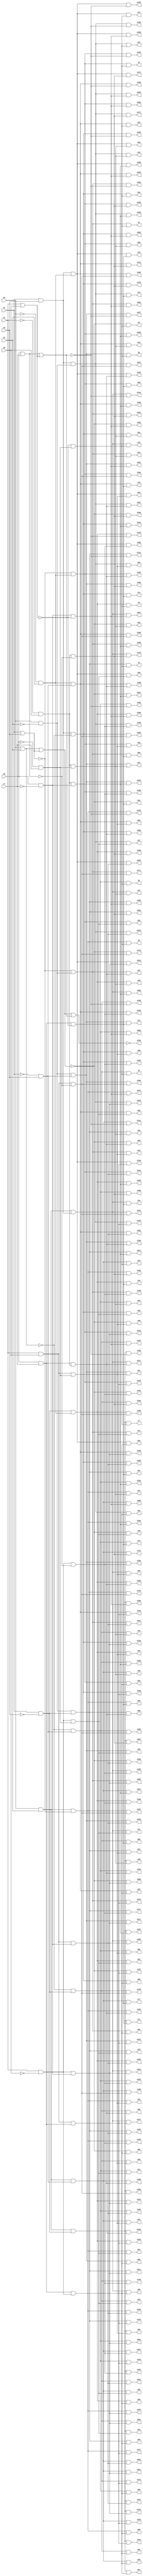
module top( x0 , x1 , x2 , x3 , x4 , x5 , x6 , x7 , y0 , y1 , y2 , y3 , y4 , y5 , y6 , y7 , y8 , y9 , y10 , y11 , y12 , y13 , y14 , y15 , y16 , y17 , y18 , y19 , y20 , y21 , y22 , y23 , y24 , y25 , y26 , y27 , y28 , y29 , y30 , y31 , y32 , y33 , y34 , y35 , y36 , y37 , y38 , y39 , y40 , y41 , y42 , y43 , y44 , y45 , y46 , y47 , y48 , y49 , y50 , y51 , y52 , y53 , y54 , y55 , y56 , y57 , y58 , y59 , y60 , y61 , y62 , y63 , y64 , y65 , y66 , y67 , y68 , y69 , y70 , y71 , y72 , y73 , y74 , y75 , y76 , y77 , y78 , y79 , y80 , y81 , y82 , y83 , y84 , y85 , y86 , y87 , y88 , y89 , y90 , y91 , y92 , y93 , y94 , y95 , y96 , y97 , y98 , y99 , y100 , y101 , y102 , y103 , y104 , y105 , y106 , y107 , y108 , y109 , y110 , y111 , y112 , y113 , y114 , y115 , y116 , y117 , y118 , y119 , y120 , y121 , y122 , y123 , y124 , y125 , y126 , y127 , y128 , y129 , y130 , y131 , y132 , y133 , y134 , y135 , y136 , y137 , y138 , y139 , y140 , y141 , y142 , y143 , y144 , y145 , y146 , y147 , y148 , y149 , y150 , y151 , y152 , y153 , y154 , y155 , y156 , y157 , y158 , y159 , y160 , y161 , y162 , y163 , y164 , y165 , y166 , y167 , y168 , y169 , y170 , y171 , y172 , y173 , y174 , y175 , y176 , y177 , y178 , y179 , y180 , y181 , y182 , y183 , y184 , y185 , y186 , y187 , y188 , y189 , y190 , y191 , y192 , y193 , y194 , y195 , y196 , y197 , y198 , y199 , y200 , y201 , y202 , y203 , y204 , y205 , y206 , y207 , y208 , y209 , y210 , y211 , y212 , y213 , y214 , y215 , y216 , y217 , y218 , y219 , y220 , y221 , y222 , y223 , y224 , y225 , y226 , y227 , y228 , y229 , y230 , y231 , y232 , y233 , y234 , y235 , y236 , y237 , y238 , y239 , y240 , y241 , y242 , y243 , y244 , y245 , y246 , y247 , y248 , y249 , y250 , y251 , y252 , y253 , y254 , y255 );
  input x0 , x1 , x2 , x3 , x4 , x5 , x6 , x7 ;
  output y0 , y1 , y2 , y3 , y4 , y5 , y6 , y7 , y8 , y9 , y10 , y11 , y12 , y13 , y14 , y15 , y16 , y17 , y18 , y19 , y20 , y21 , y22 , y23 , y24 , y25 , y26 , y27 , y28 , y29 , y30 , y31 , y32 , y33 , y34 , y35 , y36 , y37 , y38 , y39 , y40 , y41 , y42 , y43 , y44 , y45 , y46 , y47 , y48 , y49 , y50 , y51 , y52 , y53 , y54 , y55 , y56 , y57 , y58 , y59 , y60 , y61 , y62 , y63 , y64 , y65 , y66 , y67 , y68 , y69 , y70 , y71 , y72 , y73 , y74 , y75 , y76 , y77 , y78 , y79 , y80 , y81 , y82 , y83 , y84 , y85 , y86 , y87 , y88 , y89 , y90 , y91 , y92 , y93 , y94 , y95 , y96 , y97 , y98 , y99 , y100 , y101 , y102 , y103 , y104 , y105 , y106 , y107 , y108 , y109 , y110 , y111 , y112 , y113 , y114 , y115 , y116 , y117 , y118 , y119 , y120 , y121 , y122 , y123 , y124 , y125 , y126 , y127 , y128 , y129 , y130 , y131 , y132 , y133 , y134 , y135 , y136 , y137 , y138 , y139 , y140 , y141 , y142 , y143 , y144 , y145 , y146 , y147 , y148 , y149 , y150 , y151 , y152 , y153 , y154 , y155 , y156 , y157 , y158 , y159 , y160 , y161 , y162 , y163 , y164 , y165 , y166 , y167 , y168 , y169 , y170 , y171 , y172 , y173 , y174 , y175 , y176 , y177 , y178 , y179 , y180 , y181 , y182 , y183 , y184 , y185 , y186 , y187 , y188 , y189 , y190 , y191 , y192 , y193 , y194 , y195 , y196 , y197 , y198 , y199 , y200 , y201 , y202 , y203 , y204 , y205 , y206 , y207 , y208 , y209 , y210 , y211 , y212 , y213 , y214 , y215 , y216 , y217 , y218 , y219 , y220 , y221 , y222 , y223 , y224 , y225 , y226 , y227 , y228 , y229 , y230 , y231 , y232 , y233 , y234 , y235 , y236 , y237 , y238 , y239 , y240 , y241 , y242 , y243 , y244 , y245 , y246 , y247 , y248 , y249 , y250 , y251 , y252 , y253 , y254 , y255 ;
  wire n9 , n10 , n11 , n12 , n13 , n14 , n15 , n16 , n17 , n18 , n19 , n20 , n21 , n22 , n23 , n24 , n25 , n26 , n27 , n28 , n29 , n30 , n31 , n32 , n33 , n34 , n35 , n36 , n37 , n38 , n39 , n40 , n41 , n42 , n43 , n44 , n45 , n46 , n47 , n48 , n49 , n50 , n51 , n52 , n53 , n54 , n55 , n56 , n57 , n58 , n59 , n60 , n61 , n62 , n63 , n64 , n65 , n66 , n67 , n68 , n69 , n70 , n71 , n72 , n73 , n74 , n75 , n76 , n77 , n78 , n79 , n80 , n81 , n82 , n83 , n84 , n85 , n86 , n87 , n88 , n89 , n90 , n91 , n92 , n93 , n94 , n95 , n96 , n97 , n98 , n99 , n100 , n101 , n102 , n103 , n104 , n105 , n106 , n107 , n108 , n109 , n110 , n111 , n112 , n113 , n114 , n115 , n116 , n117 , n118 , n119 , n120 , n121 , n122 , n123 , n124 , n125 , n126 , n127 , n128 , n129 , n130 , n131 , n132 , n133 , n134 , n135 , n136 , n137 , n138 , n139 , n140 , n141 , n142 , n143 , n144 , n145 , n146 , n147 , n148 , n149 , n150 , n151 , n152 , n153 , n154 , n155 , n156 , n157 , n158 , n159 , n160 , n161 , n162 , n163 , n164 , n165 , n166 , n167 , n168 , n169 , n170 , n171 , n172 , n173 , n174 , n175 , n176 , n177 , n178 , n179 , n180 , n181 , n182 , n183 , n184 , n185 , n186 , n187 , n188 , n189 , n190 , n191 , n192 , n193 , n194 , n195 , n196 , n197 , n198 , n199 , n200 , n201 , n202 , n203 , n204 , n205 , n206 , n207 , n208 , n209 , n210 , n211 , n212 , n213 , n214 , n215 , n216 , n217 , n218 , n219 , n220 , n221 , n222 , n223 , n224 , n225 , n226 , n227 , n228 , n229 , n230 , n231 , n232 , n233 , n234 , n235 , n236 , n237 , n238 , n239 , n240 , n241 , n242 , n243 , n244 , n245 , n246 , n247 , n248 , n249 , n250 , n251 , n252 , n253 , n254 , n255 , n256 , n257 , n258 , n259 , n260 , n261 , n262 , n263 , n264 , n265 , n266 , n267 , n268 , n269 , n270 , n271 , n272 , n273 , n274 , n275 , n276 , n277 , n278 , n279 , n280 , n281 , n282 , n283 , n284 , n285 , n286 , n287 , n288 , n289 , n290 , n291 , n292 , n293 , n294 , n295 , n296 , n297 , n298 , n299 , n300 , n301 , n302 , n303 , n304 , n305 , n306 , n307 , n308 , n309 , n310 , n311 , n312 , n313 , n314 , n315 , n316 , n317 , n318 , n319 , n320 , n321 , n322 , n323 , n324 , n325 , n326 , n327 ;
  assign n269 = x0 | x2 ;
  assign n270 = x1 | x3 ;
  assign n271 = n269 | n270 ;
  assign n306 = x4 | x5 ;
  assign n313 = ~x6 ;
  assign n311 = n313 & x7 ;
  assign n314 = ~n306 ;
  assign n296 = n314 & n311 ;
  assign n315 = ~n271 ;
  assign n9 = n315 & n296 ;
  assign n316 = ~x2 ;
  assign n272 = x0 & n316 ;
  assign n317 = ~n270 ;
  assign n273 = n317 & n272 ;
  assign n10 = n273 & n296 ;
  assign n318 = ~x3 ;
  assign n274 = x1 & n318 ;
  assign n319 = ~n269 ;
  assign n275 = n319 & n274 ;
  assign n11 = n275 & n296 ;
  assign n276 = n272 & n274 ;
  assign n12 = n276 & n296 ;
  assign n320 = ~x0 ;
  assign n277 = n320 & x2 ;
  assign n278 = n317 & n277 ;
  assign n13 = n278 & n296 ;
  assign n265 = x0 & x2 ;
  assign n280 = n265 & n317 ;
  assign n14 = n280 & n296 ;
  assign n281 = n274 & n277 ;
  assign n15 = n281 & n296 ;
  assign n282 = n265 & n274 ;
  assign n16 = n282 & n296 ;
  assign n321 = ~x1 ;
  assign n283 = n321 & x3 ;
  assign n284 = n319 & n283 ;
  assign n17 = n284 & n296 ;
  assign n285 = n272 & n283 ;
  assign n18 = n285 & n296 ;
  assign n266 = x1 & x3 ;
  assign n286 = n266 & n319 ;
  assign n19 = n286 & n296 ;
  assign n287 = n266 & n272 ;
  assign n20 = n287 & n296 ;
  assign n288 = n277 & n283 ;
  assign n21 = n288 & n296 ;
  assign n289 = n265 & n283 ;
  assign n22 = n289 & n296 ;
  assign n290 = n266 & n277 ;
  assign n23 = n290 & n296 ;
  assign n291 = n265 & n266 ;
  assign n24 = n291 & n296 ;
  assign n322 = ~x5 ;
  assign n292 = x4 & n322 ;
  assign n312 = n292 & n311 ;
  assign n25 = n315 & n312 ;
  assign n26 = n273 & n312 ;
  assign n27 = n275 & n312 ;
  assign n28 = n276 & n312 ;
  assign n29 = n278 & n312 ;
  assign n30 = n280 & n312 ;
  assign n31 = n281 & n312 ;
  assign n32 = n282 & n312 ;
  assign n33 = n284 & n312 ;
  assign n34 = n285 & n312 ;
  assign n35 = n286 & n312 ;
  assign n36 = n287 & n312 ;
  assign n37 = n288 & n312 ;
  assign n38 = n289 & n312 ;
  assign n39 = n290 & n312 ;
  assign n40 = n291 & n312 ;
  assign n323 = ~x4 ;
  assign n293 = n323 & x5 ;
  assign n327 = n293 & n311 ;
  assign n41 = n315 & n327 ;
  assign n42 = n273 & n327 ;
  assign n43 = n275 & n327 ;
  assign n44 = n276 & n327 ;
  assign n45 = n278 & n327 ;
  assign n46 = n280 & n327 ;
  assign n47 = n281 & n327 ;
  assign n48 = n282 & n327 ;
  assign n49 = n284 & n327 ;
  assign n50 = n285 & n327 ;
  assign n51 = n286 & n327 ;
  assign n52 = n287 & n327 ;
  assign n53 = n288 & n327 ;
  assign n54 = n289 & n327 ;
  assign n55 = n290 & n327 ;
  assign n56 = n291 & n327 ;
  assign n267 = x4 & x5 ;
  assign n279 = n267 & n311 ;
  assign n57 = n315 & n279 ;
  assign n58 = n273 & n279 ;
  assign n59 = n275 & n279 ;
  assign n60 = n276 & n279 ;
  assign n61 = n278 & n279 ;
  assign n62 = n280 & n279 ;
  assign n63 = n281 & n279 ;
  assign n64 = n282 & n279 ;
  assign n65 = n284 & n279 ;
  assign n66 = n285 & n279 ;
  assign n67 = n286 & n279 ;
  assign n68 = n287 & n279 ;
  assign n69 = n288 & n279 ;
  assign n70 = n289 & n279 ;
  assign n71 = n290 & n279 ;
  assign n72 = n291 & n279 ;
  assign n268 = x6 & x7 ;
  assign n307 = n268 & n314 ;
  assign n73 = n315 & n307 ;
  assign n74 = n273 & n307 ;
  assign n75 = n275 & n307 ;
  assign n76 = n276 & n307 ;
  assign n77 = n278 & n307 ;
  assign n78 = n280 & n307 ;
  assign n79 = n281 & n307 ;
  assign n80 = n282 & n307 ;
  assign n81 = n284 & n307 ;
  assign n82 = n285 & n307 ;
  assign n83 = n286 & n307 ;
  assign n84 = n287 & n307 ;
  assign n85 = n288 & n307 ;
  assign n86 = n289 & n307 ;
  assign n87 = n290 & n307 ;
  assign n88 = n291 & n307 ;
  assign n294 = n268 & n292 ;
  assign n89 = n315 & n294 ;
  assign n90 = n273 & n294 ;
  assign n91 = n275 & n294 ;
  assign n92 = n276 & n294 ;
  assign n93 = n278 & n294 ;
  assign n94 = n280 & n294 ;
  assign n95 = n281 & n294 ;
  assign n96 = n282 & n294 ;
  assign n97 = n284 & n294 ;
  assign n98 = n285 & n294 ;
  assign n99 = n286 & n294 ;
  assign n100 = n287 & n294 ;
  assign n101 = n288 & n294 ;
  assign n102 = n289 & n294 ;
  assign n103 = n290 & n294 ;
  assign n104 = n291 & n294 ;
  assign n295 = n268 & n293 ;
  assign n105 = n315 & n295 ;
  assign n106 = n273 & n295 ;
  assign n107 = n275 & n295 ;
  assign n108 = n276 & n295 ;
  assign n109 = n278 & n295 ;
  assign n110 = n280 & n295 ;
  assign n111 = n281 & n295 ;
  assign n112 = n282 & n295 ;
  assign n113 = n284 & n295 ;
  assign n114 = n285 & n295 ;
  assign n115 = n286 & n295 ;
  assign n116 = n287 & n295 ;
  assign n117 = n288 & n295 ;
  assign n118 = n289 & n295 ;
  assign n119 = n290 & n295 ;
  assign n120 = n291 & n295 ;
  assign n297 = n267 & n268 ;
  assign n121 = n315 & n297 ;
  assign n122 = n273 & n297 ;
  assign n123 = n275 & n297 ;
  assign n124 = n276 & n297 ;
  assign n125 = n278 & n297 ;
  assign n126 = n280 & n297 ;
  assign n127 = n281 & n297 ;
  assign n128 = n282 & n297 ;
  assign n129 = n284 & n297 ;
  assign n130 = n285 & n297 ;
  assign n131 = n286 & n297 ;
  assign n132 = n287 & n297 ;
  assign n133 = n288 & n297 ;
  assign n134 = n289 & n297 ;
  assign n135 = n290 & n297 ;
  assign n136 = n291 & n297 ;
  assign n298 = x6 | x7 ;
  assign n308 = n298 | n306 ;
  assign n309 = n271 | n308 ;
  assign n324 = ~n308 ;
  assign n138 = n273 & n324 ;
  assign n139 = n275 & n324 ;
  assign n140 = n276 & n324 ;
  assign n141 = n278 & n324 ;
  assign n142 = n280 & n324 ;
  assign n143 = n281 & n324 ;
  assign n144 = n282 & n324 ;
  assign n145 = n284 & n324 ;
  assign n146 = n285 & n324 ;
  assign n147 = n286 & n324 ;
  assign n148 = n287 & n324 ;
  assign n149 = n288 & n324 ;
  assign n150 = n289 & n324 ;
  assign n151 = n290 & n324 ;
  assign n152 = n291 & n324 ;
  assign n325 = ~n298 ;
  assign n299 = n292 & n325 ;
  assign n153 = n315 & n299 ;
  assign n154 = n273 & n299 ;
  assign n155 = n275 & n299 ;
  assign n156 = n276 & n299 ;
  assign n157 = n278 & n299 ;
  assign n158 = n280 & n299 ;
  assign n159 = n281 & n299 ;
  assign n160 = n282 & n299 ;
  assign n161 = n284 & n299 ;
  assign n162 = n285 & n299 ;
  assign n163 = n286 & n299 ;
  assign n164 = n287 & n299 ;
  assign n165 = n288 & n299 ;
  assign n166 = n289 & n299 ;
  assign n167 = n290 & n299 ;
  assign n168 = n291 & n299 ;
  assign n300 = n293 & n325 ;
  assign n169 = n315 & n300 ;
  assign n170 = n273 & n300 ;
  assign n171 = n275 & n300 ;
  assign n172 = n276 & n300 ;
  assign n173 = n278 & n300 ;
  assign n174 = n280 & n300 ;
  assign n175 = n281 & n300 ;
  assign n176 = n282 & n300 ;
  assign n177 = n284 & n300 ;
  assign n178 = n285 & n300 ;
  assign n179 = n286 & n300 ;
  assign n180 = n287 & n300 ;
  assign n181 = n288 & n300 ;
  assign n182 = n289 & n300 ;
  assign n183 = n290 & n300 ;
  assign n184 = n291 & n300 ;
  assign n301 = n267 & n325 ;
  assign n185 = n315 & n301 ;
  assign n186 = n273 & n301 ;
  assign n187 = n275 & n301 ;
  assign n188 = n276 & n301 ;
  assign n189 = n278 & n301 ;
  assign n190 = n280 & n301 ;
  assign n191 = n281 & n301 ;
  assign n192 = n282 & n301 ;
  assign n193 = n284 & n301 ;
  assign n194 = n285 & n301 ;
  assign n195 = n286 & n301 ;
  assign n196 = n287 & n301 ;
  assign n197 = n288 & n301 ;
  assign n198 = n289 & n301 ;
  assign n199 = n290 & n301 ;
  assign n200 = n291 & n301 ;
  assign n326 = ~x7 ;
  assign n302 = x6 & n326 ;
  assign n310 = n302 & n314 ;
  assign n201 = n315 & n310 ;
  assign n202 = n273 & n310 ;
  assign n203 = n275 & n310 ;
  assign n204 = n276 & n310 ;
  assign n205 = n278 & n310 ;
  assign n206 = n280 & n310 ;
  assign n207 = n281 & n310 ;
  assign n208 = n282 & n310 ;
  assign n209 = n284 & n310 ;
  assign n210 = n285 & n310 ;
  assign n211 = n286 & n310 ;
  assign n212 = n287 & n310 ;
  assign n213 = n288 & n310 ;
  assign n214 = n289 & n310 ;
  assign n215 = n290 & n310 ;
  assign n216 = n291 & n310 ;
  assign n303 = n292 & n302 ;
  assign n217 = n315 & n303 ;
  assign n218 = n273 & n303 ;
  assign n219 = n275 & n303 ;
  assign n220 = n276 & n303 ;
  assign n221 = n278 & n303 ;
  assign n222 = n280 & n303 ;
  assign n223 = n281 & n303 ;
  assign n224 = n282 & n303 ;
  assign n225 = n284 & n303 ;
  assign n226 = n285 & n303 ;
  assign n227 = n286 & n303 ;
  assign n228 = n287 & n303 ;
  assign n229 = n288 & n303 ;
  assign n230 = n289 & n303 ;
  assign n231 = n290 & n303 ;
  assign n232 = n291 & n303 ;
  assign n304 = n293 & n302 ;
  assign n233 = n315 & n304 ;
  assign n234 = n273 & n304 ;
  assign n235 = n275 & n304 ;
  assign n236 = n276 & n304 ;
  assign n237 = n278 & n304 ;
  assign n238 = n280 & n304 ;
  assign n239 = n281 & n304 ;
  assign n240 = n282 & n304 ;
  assign n241 = n284 & n304 ;
  assign n242 = n285 & n304 ;
  assign n243 = n286 & n304 ;
  assign n244 = n287 & n304 ;
  assign n245 = n288 & n304 ;
  assign n246 = n289 & n304 ;
  assign n247 = n290 & n304 ;
  assign n248 = n291 & n304 ;
  assign n305 = n267 & n302 ;
  assign n249 = n315 & n305 ;
  assign n250 = n273 & n305 ;
  assign n251 = n275 & n305 ;
  assign n252 = n276 & n305 ;
  assign n253 = n278 & n305 ;
  assign n254 = n280 & n305 ;
  assign n255 = n281 & n305 ;
  assign n256 = n282 & n305 ;
  assign n257 = n284 & n305 ;
  assign n258 = n285 & n305 ;
  assign n259 = n286 & n305 ;
  assign n260 = n287 & n305 ;
  assign n261 = n288 & n305 ;
  assign n262 = n289 & n305 ;
  assign n263 = n290 & n305 ;
  assign n264 = n291 & n305 ;
  assign n137 = ~n309 ;
  assign y0 = n9 ;
  assign y1 = n10 ;
  assign y2 = n11 ;
  assign y3 = n12 ;
  assign y4 = n13 ;
  assign y5 = n14 ;
  assign y6 = n15 ;
  assign y7 = n16 ;
  assign y8 = n17 ;
  assign y9 = n18 ;
  assign y10 = n19 ;
  assign y11 = n20 ;
  assign y12 = n21 ;
  assign y13 = n22 ;
  assign y14 = n23 ;
  assign y15 = n24 ;
  assign y16 = n25 ;
  assign y17 = n26 ;
  assign y18 = n27 ;
  assign y19 = n28 ;
  assign y20 = n29 ;
  assign y21 = n30 ;
  assign y22 = n31 ;
  assign y23 = n32 ;
  assign y24 = n33 ;
  assign y25 = n34 ;
  assign y26 = n35 ;
  assign y27 = n36 ;
  assign y28 = n37 ;
  assign y29 = n38 ;
  assign y30 = n39 ;
  assign y31 = n40 ;
  assign y32 = n41 ;
  assign y33 = n42 ;
  assign y34 = n43 ;
  assign y35 = n44 ;
  assign y36 = n45 ;
  assign y37 = n46 ;
  assign y38 = n47 ;
  assign y39 = n48 ;
  assign y40 = n49 ;
  assign y41 = n50 ;
  assign y42 = n51 ;
  assign y43 = n52 ;
  assign y44 = n53 ;
  assign y45 = n54 ;
  assign y46 = n55 ;
  assign y47 = n56 ;
  assign y48 = n57 ;
  assign y49 = n58 ;
  assign y50 = n59 ;
  assign y51 = n60 ;
  assign y52 = n61 ;
  assign y53 = n62 ;
  assign y54 = n63 ;
  assign y55 = n64 ;
  assign y56 = n65 ;
  assign y57 = n66 ;
  assign y58 = n67 ;
  assign y59 = n68 ;
  assign y60 = n69 ;
  assign y61 = n70 ;
  assign y62 = n71 ;
  assign y63 = n72 ;
  assign y64 = n73 ;
  assign y65 = n74 ;
  assign y66 = n75 ;
  assign y67 = n76 ;
  assign y68 = n77 ;
  assign y69 = n78 ;
  assign y70 = n79 ;
  assign y71 = n80 ;
  assign y72 = n81 ;
  assign y73 = n82 ;
  assign y74 = n83 ;
  assign y75 = n84 ;
  assign y76 = n85 ;
  assign y77 = n86 ;
  assign y78 = n87 ;
  assign y79 = n88 ;
  assign y80 = n89 ;
  assign y81 = n90 ;
  assign y82 = n91 ;
  assign y83 = n92 ;
  assign y84 = n93 ;
  assign y85 = n94 ;
  assign y86 = n95 ;
  assign y87 = n96 ;
  assign y88 = n97 ;
  assign y89 = n98 ;
  assign y90 = n99 ;
  assign y91 = n100 ;
  assign y92 = n101 ;
  assign y93 = n102 ;
  assign y94 = n103 ;
  assign y95 = n104 ;
  assign y96 = n105 ;
  assign y97 = n106 ;
  assign y98 = n107 ;
  assign y99 = n108 ;
  assign y100 = n109 ;
  assign y101 = n110 ;
  assign y102 = n111 ;
  assign y103 = n112 ;
  assign y104 = n113 ;
  assign y105 = n114 ;
  assign y106 = n115 ;
  assign y107 = n116 ;
  assign y108 = n117 ;
  assign y109 = n118 ;
  assign y110 = n119 ;
  assign y111 = n120 ;
  assign y112 = n121 ;
  assign y113 = n122 ;
  assign y114 = n123 ;
  assign y115 = n124 ;
  assign y116 = n125 ;
  assign y117 = n126 ;
  assign y118 = n127 ;
  assign y119 = n128 ;
  assign y120 = n129 ;
  assign y121 = n130 ;
  assign y122 = n131 ;
  assign y123 = n132 ;
  assign y124 = n133 ;
  assign y125 = n134 ;
  assign y126 = n135 ;
  assign y127 = n136 ;
  assign y128 = n137 ;
  assign y129 = n138 ;
  assign y130 = n139 ;
  assign y131 = n140 ;
  assign y132 = n141 ;
  assign y133 = n142 ;
  assign y134 = n143 ;
  assign y135 = n144 ;
  assign y136 = n145 ;
  assign y137 = n146 ;
  assign y138 = n147 ;
  assign y139 = n148 ;
  assign y140 = n149 ;
  assign y141 = n150 ;
  assign y142 = n151 ;
  assign y143 = n152 ;
  assign y144 = n153 ;
  assign y145 = n154 ;
  assign y146 = n155 ;
  assign y147 = n156 ;
  assign y148 = n157 ;
  assign y149 = n158 ;
  assign y150 = n159 ;
  assign y151 = n160 ;
  assign y152 = n161 ;
  assign y153 = n162 ;
  assign y154 = n163 ;
  assign y155 = n164 ;
  assign y156 = n165 ;
  assign y157 = n166 ;
  assign y158 = n167 ;
  assign y159 = n168 ;
  assign y160 = n169 ;
  assign y161 = n170 ;
  assign y162 = n171 ;
  assign y163 = n172 ;
  assign y164 = n173 ;
  assign y165 = n174 ;
  assign y166 = n175 ;
  assign y167 = n176 ;
  assign y168 = n177 ;
  assign y169 = n178 ;
  assign y170 = n179 ;
  assign y171 = n180 ;
  assign y172 = n181 ;
  assign y173 = n182 ;
  assign y174 = n183 ;
  assign y175 = n184 ;
  assign y176 = n185 ;
  assign y177 = n186 ;
  assign y178 = n187 ;
  assign y179 = n188 ;
  assign y180 = n189 ;
  assign y181 = n190 ;
  assign y182 = n191 ;
  assign y183 = n192 ;
  assign y184 = n193 ;
  assign y185 = n194 ;
  assign y186 = n195 ;
  assign y187 = n196 ;
  assign y188 = n197 ;
  assign y189 = n198 ;
  assign y190 = n199 ;
  assign y191 = n200 ;
  assign y192 = n201 ;
  assign y193 = n202 ;
  assign y194 = n203 ;
  assign y195 = n204 ;
  assign y196 = n205 ;
  assign y197 = n206 ;
  assign y198 = n207 ;
  assign y199 = n208 ;
  assign y200 = n209 ;
  assign y201 = n210 ;
  assign y202 = n211 ;
  assign y203 = n212 ;
  assign y204 = n213 ;
  assign y205 = n214 ;
  assign y206 = n215 ;
  assign y207 = n216 ;
  assign y208 = n217 ;
  assign y209 = n218 ;
  assign y210 = n219 ;
  assign y211 = n220 ;
  assign y212 = n221 ;
  assign y213 = n222 ;
  assign y214 = n223 ;
  assign y215 = n224 ;
  assign y216 = n225 ;
  assign y217 = n226 ;
  assign y218 = n227 ;
  assign y219 = n228 ;
  assign y220 = n229 ;
  assign y221 = n230 ;
  assign y222 = n231 ;
  assign y223 = n232 ;
  assign y224 = n233 ;
  assign y225 = n234 ;
  assign y226 = n235 ;
  assign y227 = n236 ;
  assign y228 = n237 ;
  assign y229 = n238 ;
  assign y230 = n239 ;
  assign y231 = n240 ;
  assign y232 = n241 ;
  assign y233 = n242 ;
  assign y234 = n243 ;
  assign y235 = n244 ;
  assign y236 = n245 ;
  assign y237 = n246 ;
  assign y238 = n247 ;
  assign y239 = n248 ;
  assign y240 = n249 ;
  assign y241 = n250 ;
  assign y242 = n251 ;
  assign y243 = n252 ;
  assign y244 = n253 ;
  assign y245 = n254 ;
  assign y246 = n255 ;
  assign y247 = n256 ;
  assign y248 = n257 ;
  assign y249 = n258 ;
  assign y250 = n259 ;
  assign y251 = n260 ;
  assign y252 = n261 ;
  assign y253 = n262 ;
  assign y254 = n263 ;
  assign y255 = n264 ;
endmodule